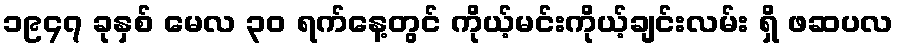
၁၉၄၇ ခုနှစ် မေလ ၃၀ ရက်နေ့တွင် ကိုယ့်မင်းကိုယ့်ချင်းလမ်း ရှိ ဖဆပလ